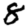
Digit: 8